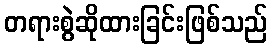
တရားစွဲဆိုထားခြင်းဖြစ်သည်